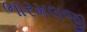
ભારમલજી